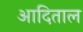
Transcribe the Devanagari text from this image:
आदिताल